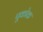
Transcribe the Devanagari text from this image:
पूकोक